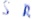
Text: SR